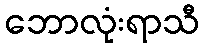
ဘောလုံးရာသီ